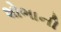
શોભાની